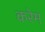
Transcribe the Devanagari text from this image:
करेम